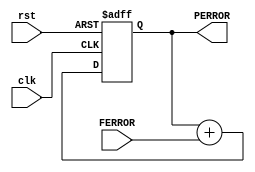
`timescale 1ns / 1ps
//////////////////////////////////////////////////////////////////////////////////
// Company: 
// Engineer: 
// 
// Design Name: 
// Module Name: OLINT_v3
// Project Name: 
// Target Devices: 
// Tool Versions: 
// Description: 
// 
// Dependencies: 
// 
// Revision:
// Revision 0.01 - File Created
// Additional Comments:
// 
//////////////////////////////////////////////////////////////////////////////////


module OLINT_V4#(parameter INPUT_WIDTH = 32, parameter ACCUMULATOR_WIDTH = 32)(input signed [INPUT_WIDTH-1:0] FERROR, input clk, input rst, output signed [ACCUMULATOR_WIDTH-1:0] PERROR);
    reg signed [ACCUMULATOR_WIDTH-1:0] phaseAccum = 0; //Treat it as 0 to 2pi in 2^32 - 1 steps
    
    assign PERROR = phaseAccum;
    
    always @ (posedge clk or posedge rst) begin
        if(rst) phaseAccum <= 0;
        else phaseAccum <= phaseAccum + FERROR;
    end
endmodule